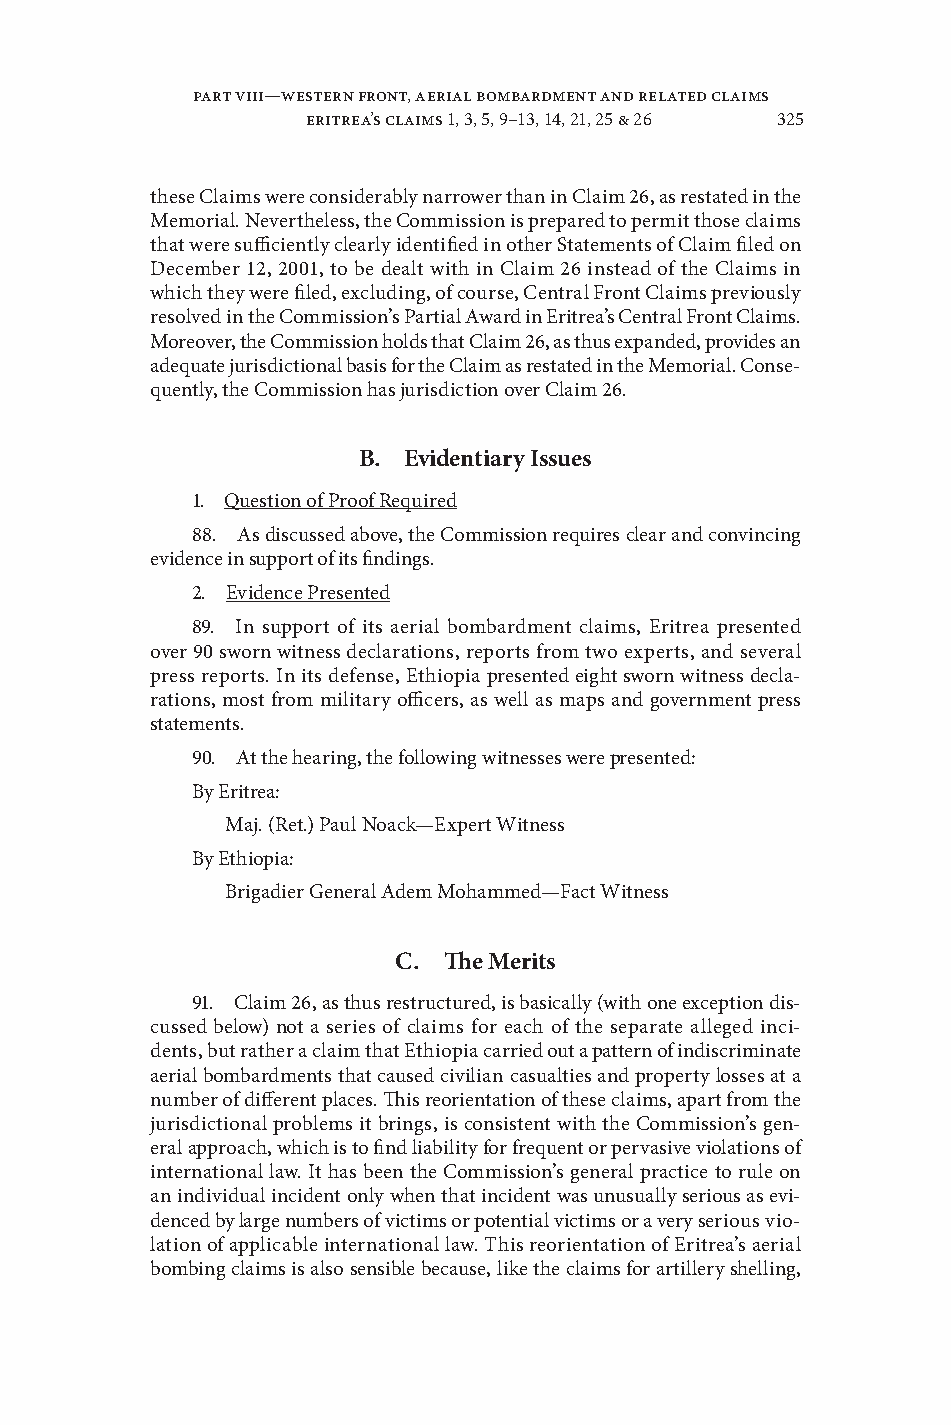
Part VIII—Western Front, Aerial Bombardment and Related Claims
 eritrea’s claims 1, 3, 5, 9–13, 14, 21, 25 & 26 325
 these Claims were considerably narrower than in Claim 26, as restated in the
 Memorial . Neertheless, the Commission is prepared to permit those claims
 that were sufficiently clearly identified in other Statements of Claim filed on
 December 12, 2001, to be dealt with in Claim 26 instead of the Claims in
 which they were filed, excluding, of course, Central Front Claims preiously
 resoled in the Commission’s Partial Award in Eritrea’s Central Front Claims .
 Moreoer, the Commission holds that Claim 26, as thus expanded, proides an
 adequate jurisdictional basis for the Claim as restated in the Memorial . Conse-
 quently, the Commission has jurisdiction oer Claim 26 .
 b. evidentiary issues
 1 . Question of Proof Required
 88 . As discussed aboe, the Commission requires clear and conincing
 eidence in support of its findings .
 2 . Eidence Presented
 89 . In support of its aerial bombardment claims, Eritrea presented
 oer 90 sworn witness declarations, reports from two experts, and seeral
 press reports . In its defense, Ethiopia presented eight sworn witness decla-
 rations, most from military officers, as well as maps and goernment press
 statements .
 90 . At the hearing, the following witnesses were presented:
 By Eritrea:
 Maj . (Ret .) Paul Noack—Expert Witness
 By Ethiopia:
 Brigadier General Adem Mohammed—Fact Witness
 C. The merits
 91 . Claim 26, as thus restructured, is basically (with one exception dis-
 cussed below) not a series of claims for each of the separate alleged inci-
 dents, but rather a claim that Ethiopia carried out a pattern of indiscriminate
 aerial bombardments that caused ciilian casualties and property losses at a
 number of different places . This reorientation of these claims, apart from the
 jurisdictional problems it brings, is consistent with the Commission’s gen-
 eral approach, which is to find liability for frequent or perasie iolations of
 international law . It has been the Commission’s general practice to rule on
 an indiidual incident only when that incident was unusually serious as ei-
 denced by large numbers of ictims or potential ictims or a ery serious io-
 lation of applicable international law . This reorientation of Eritrea’s aerial
 bombing claims is also sensible because, like the claims for artillery shelling,